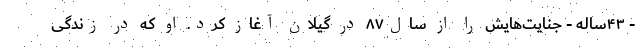
- ۴۳ساله - جنایت‌هایش را از سال۸۷ در گیلان آغاز کرد. او که در زندگی